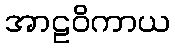
အာဠဝိကာယ